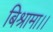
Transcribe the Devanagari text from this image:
बिश्रामा।।